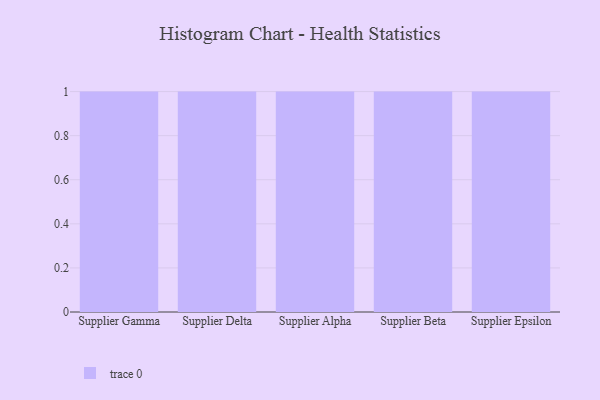
{"axis": {"x": "Supplier", "y": "Page Views"}, "legend": [""], "data": [{"x": "Supplier Gamma", "y": 3, "type": ""}, {"x": "Supplier Delta", "y": 95, "type": ""}, {"x": "Supplier Alpha", "y": 90, "type": ""}, {"x": "Supplier Beta", "y": 65, "type": ""}, {"x": "Supplier Epsilon", "y": 22, "type": ""}]}